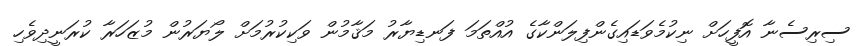
ސިރިސެނާ އޮފީހަށް ނިކުމެވަޑައިގެންފިލަންކާގެ އުއްތަމަ ފަނޑިޔާރު މަޤާމުން ވަކިކުރުމަށް ލޯޔަރުން މުޒަހަރާ ކުރަނީދިވެހި